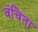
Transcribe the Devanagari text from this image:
वंचिता